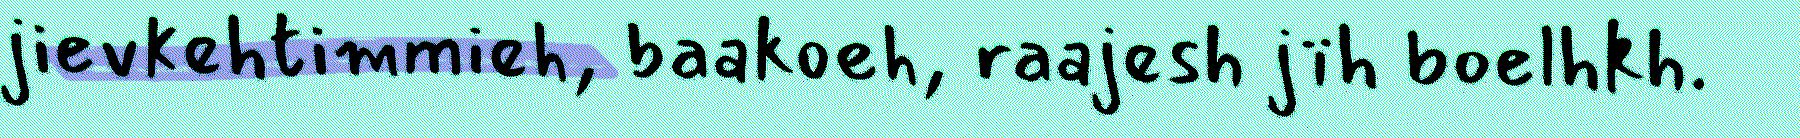
jievkehtimmieh, baakoeh, raajesh jïh boelhkh.